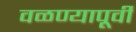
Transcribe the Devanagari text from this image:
वळण्यापूर्वी